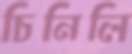
চিনিলি